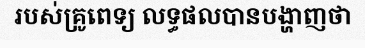
របស់គ្រូពេទ្យ លទ្ធផលបានបង្ហាញថា